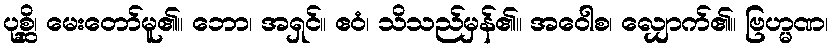
ပုစ္ဆိ၊ မေးတော်မူ၏။ ဘော၊ အရှင်။ ဧဝံ၊ သိသည်မှန်၏။ အဝေါစ၊ လျှောက်၏။ ဗြဟ္မဏ၊